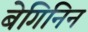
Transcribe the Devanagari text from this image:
बेगिनिन